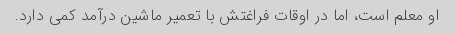
او معلم است، اما در اوقات فراغتش با تعمیر ماشین درآمد کمی دارد.